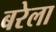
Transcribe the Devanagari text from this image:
बरेला